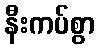
နီးကပ်စွာ